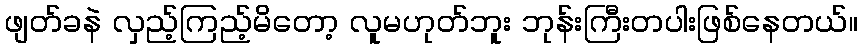
ဖျတ်ခနဲ လှည့်ကြည့်မိတော့ လူမဟုတ်ဘူး ဘုန်းကြီးတပါးဖြစ်နေတယ်။